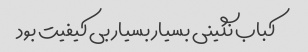
کباب نگینی بسیار بسیار بی کیفیت بود